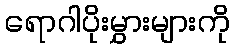
ရောဂါပိုးမွှားများကို